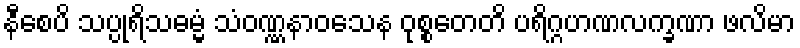
နီစေပိ သပ္ပုရိသဓမ္မံ သံဝဏ္ဏနာဝသေန ဝုစ္စတေတိ ပရိဂ္ဂဟဏလက္ခဏာ ဖလိမာ